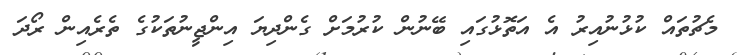
މެޗުތައް ކުޅުނުއިރު އެ އަތޮޅުގައި ބޭނުން ކުރުމަށް ގެންދިޔަ އިންޖީނުތަކުގެ ތެރެއިން ރޯދަ